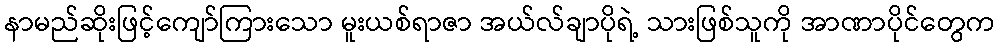
နာမည်ဆိုးဖြင့်ကျော်ကြားသော မူးယစ်ရာဇာ အယ်လ်ချာပိုရဲ့ သားဖြစ်သူကို အာဏာပိုင်တွေက